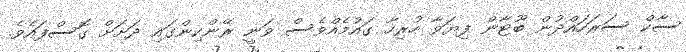
ސާކް ސަރަހައްދުން ބޫޓާން ފިޔަވާ ހުރިހާ ގައުމެއްވެސް ވަނީ ރޭންކިންގައި ދަށަށް ގޮސްފައެވެ.